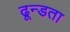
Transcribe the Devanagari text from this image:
ढून्डता